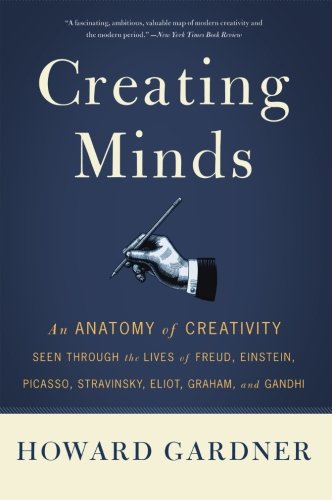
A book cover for Creating Minds: An Anatomy of Creativity Seen Through the Lives of Freud, Einstein, Picasso, Stravinsky, Eliot, Graham, and Ghandi; Howard E. Gardner; Health, Fitness & Dieting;